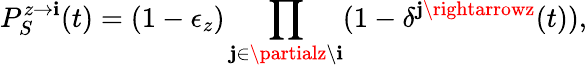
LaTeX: P_{S}^{z\rightarrow\mathbf{i}}(t)=(1-\epsilon_{z})\prod_{\mathbf{j}\in\partialz\backslash\mathbf{i}}(1-\delta^{\mathbf{j}\rightarrowz}(t)),